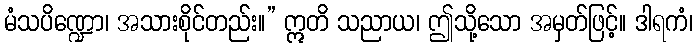
မံသပိဏ္ဍော၊ အသားစိုင်တည်း။” ဣတိ သညာယ၊ ဤသို့သော အမှတ်ဖြင့်။ ဒါရကံ၊